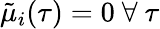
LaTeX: \tilde{\mu}_{i}(\tau)=0\mathrm{~}\forall\mathrm{~}\tau